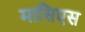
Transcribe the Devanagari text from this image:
मासिएस